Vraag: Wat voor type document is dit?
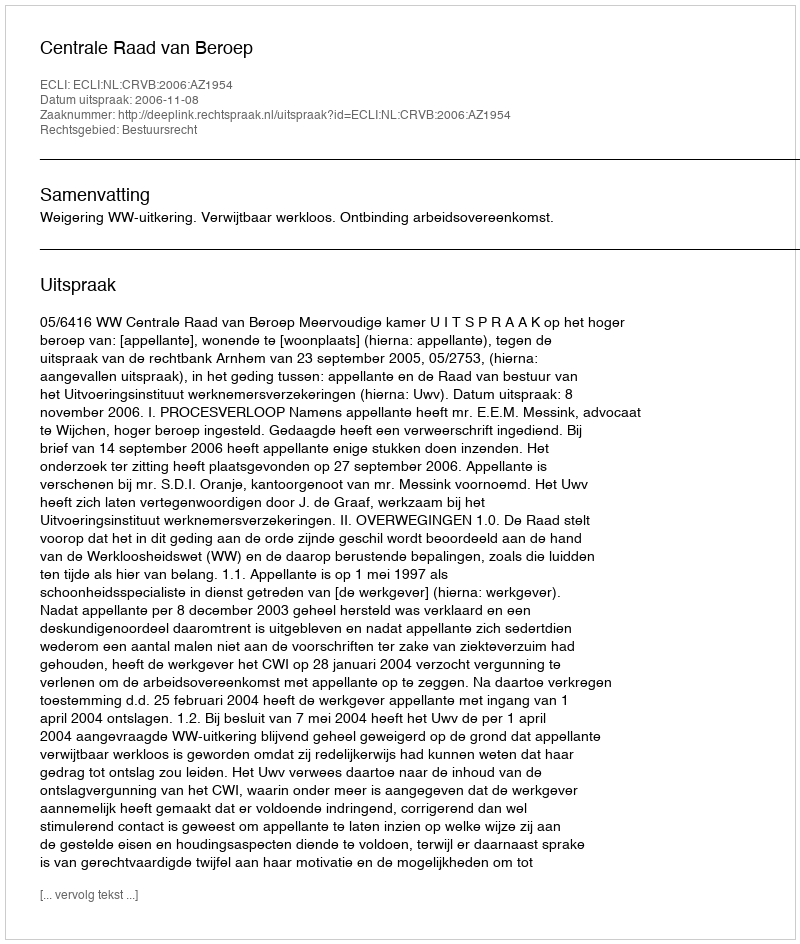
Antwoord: Uitspraak